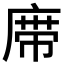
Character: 𰏼